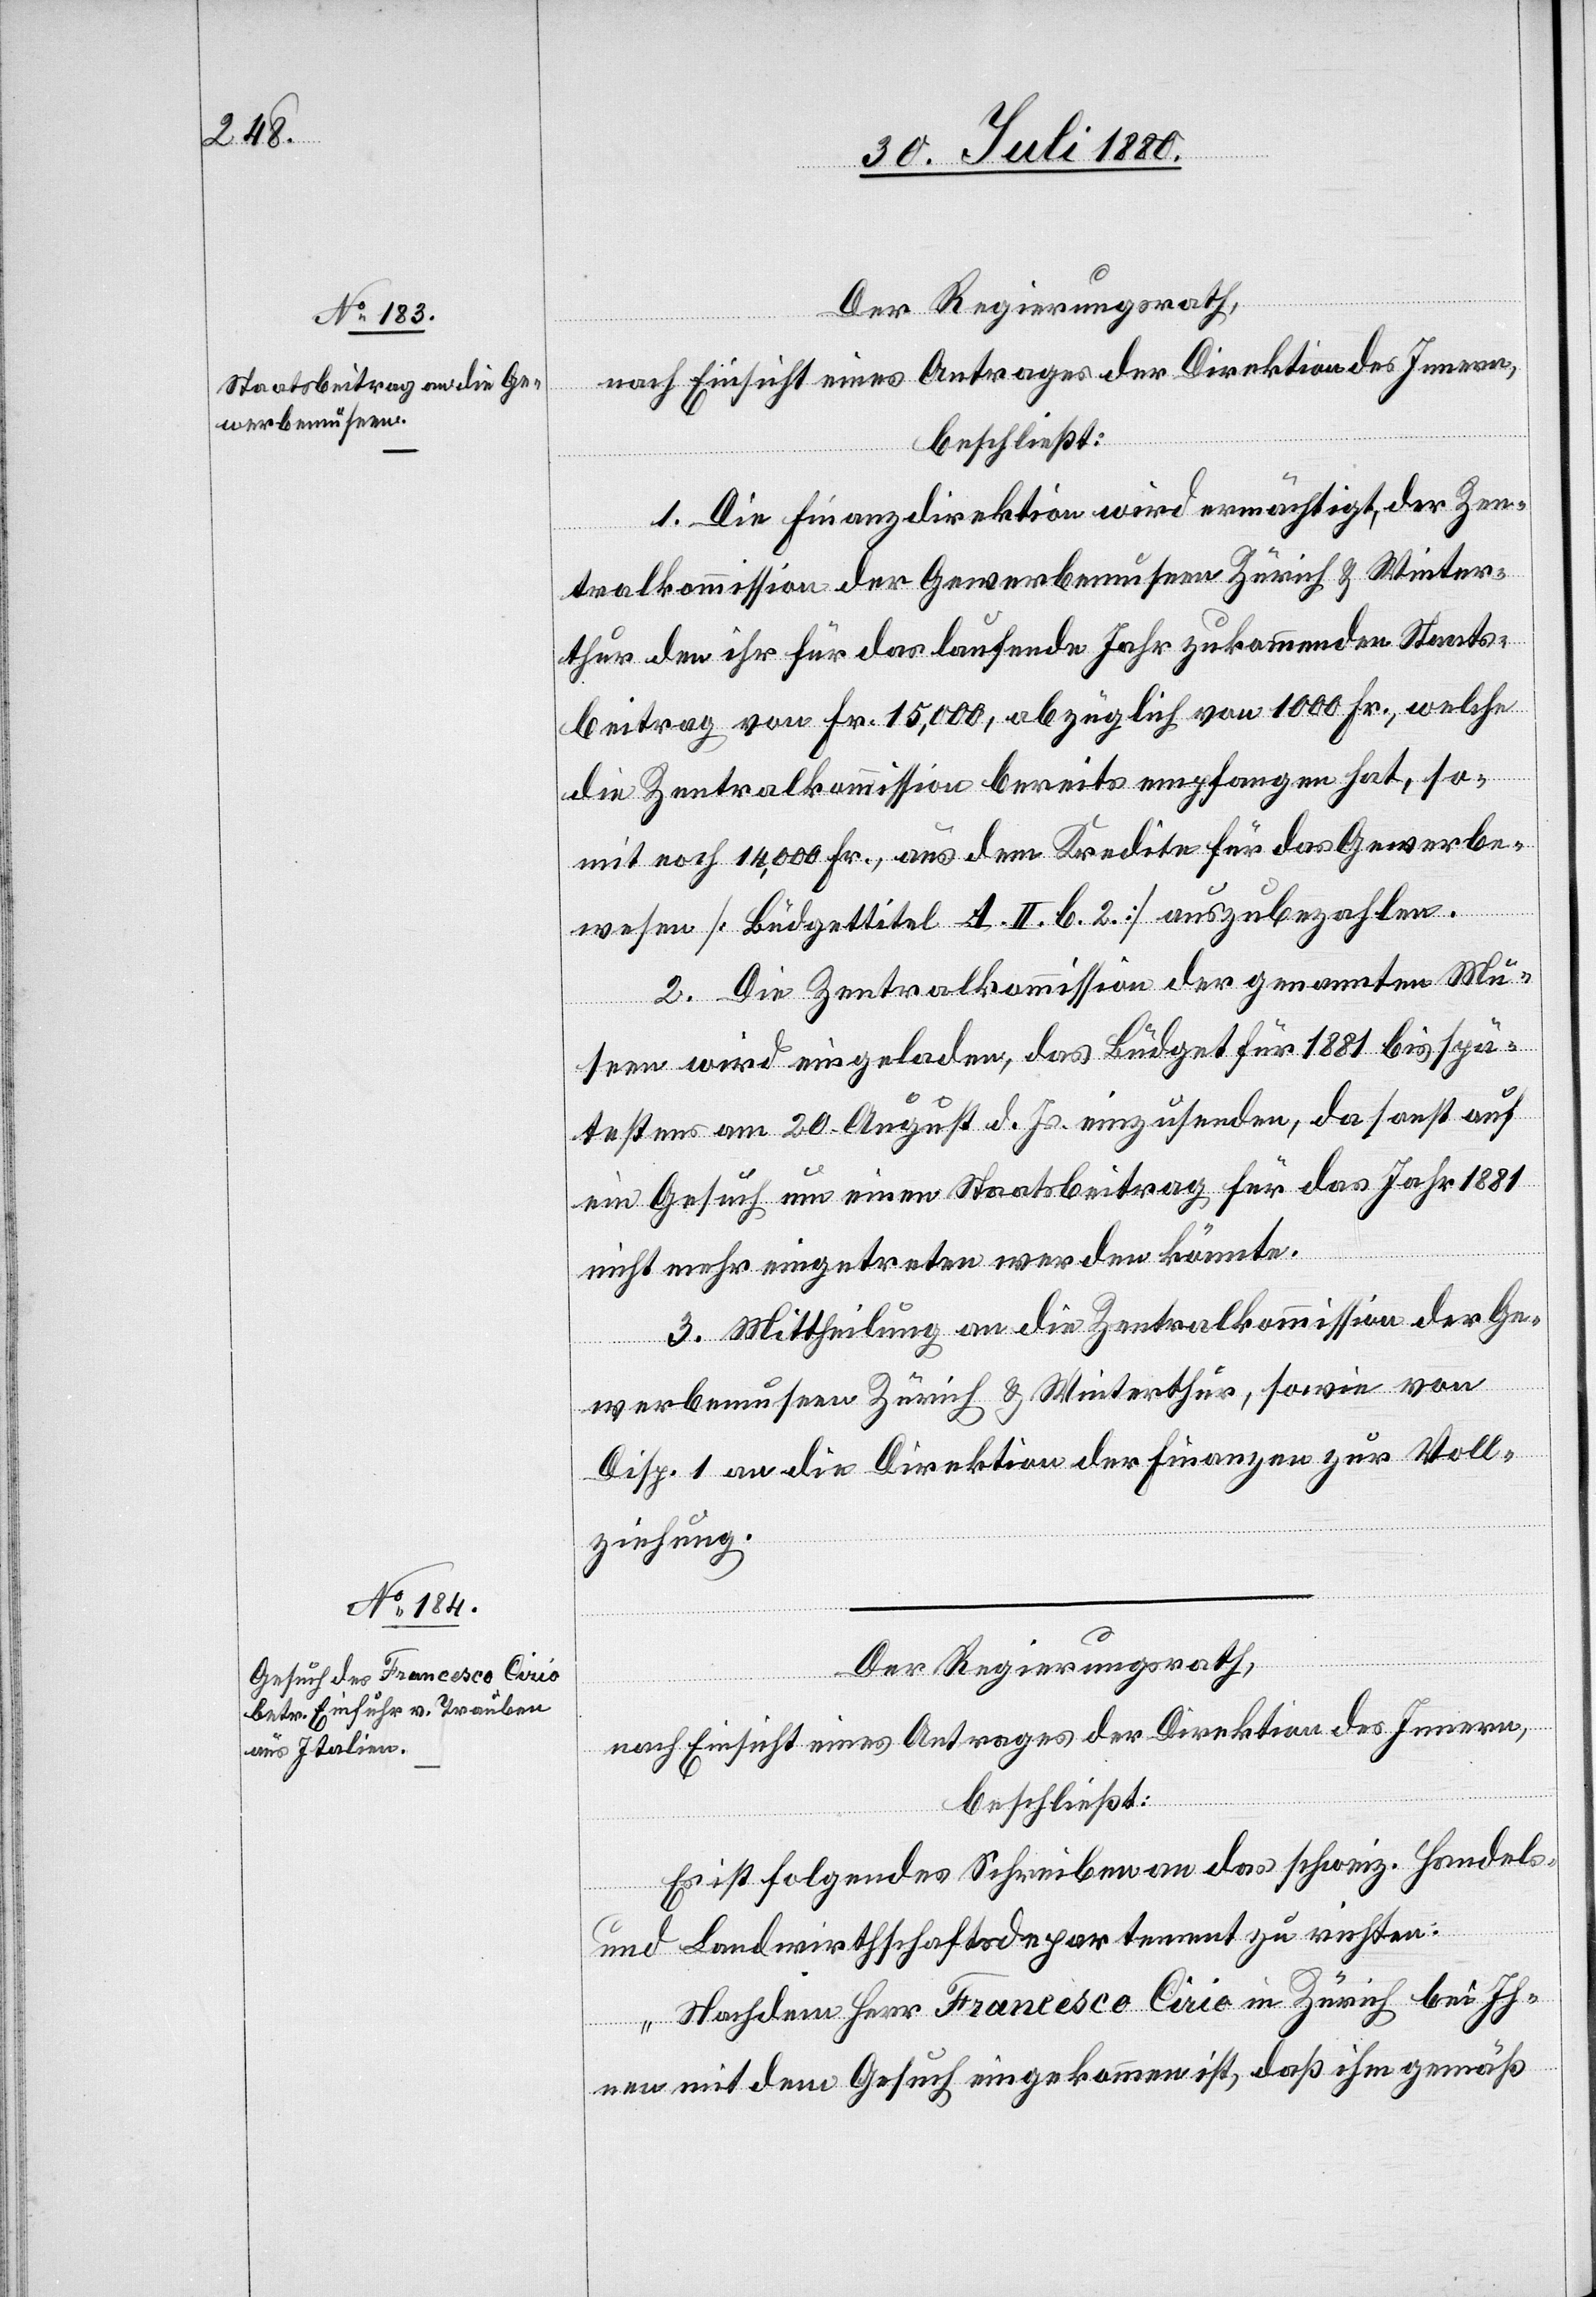
Der Regierungsrath,
nach Einsicht eines Antrages der Direktion des Innern,
beschließt:
1. Die Finanzdirektion wird ermächtigt, der Zen¬
tralkommission der Gewerbemuseen Zürich & Winter¬
thur den ihr für das laufende Jahr zukommenden Staats¬
betrag von Fr. 15,000, abzüglich von 1000 Fr., welche
die Zentralkommission bereits empfangen hat, so¬
mit noch 14,000 Fr., aus dem Kredite für das Gewerbe¬
wesen [Budgettitel A. II. b. 2] auszubezahlen.
2. Die Zentralkommission der genannten Mu¬
seen wird eingeladen, das Budget für 1881 bis spä¬
testens am 20. August d. Js. einzusenden, da sonst auf
ein Gesuch um einen Staatsbeitrag für das Jahr 1881
nicht mehr eingetreten werden könnte.
3. Mittheilung an die Zentralkommission der Ge¬
werbemuseen Zürich & Winterthur, sowie von
Disp. 1 an die Direktion der Finanzen zur Voll¬
ziehung.
Der Regierungsrath,
nach Einsicht eines Antrages der Direktion des Innern,
beschließt:
Es ist folgendes Schreiben an das schweiz. Handels-
und Landwirthschaftsdepartement zu richten:
„Nachdem Herr Francesco Cirio in Zürich bei Ih¬
nen mit dem Gesuch eingekommen ist, daß ihm gemäß